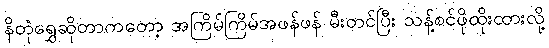
နိတုံရွှေဆိုတာကတော့ အကြိမ်ကြိမ်အဖန်ဖန် မီးတင်ပြီး သန့်စင်ဖိုထိုးထားလို့